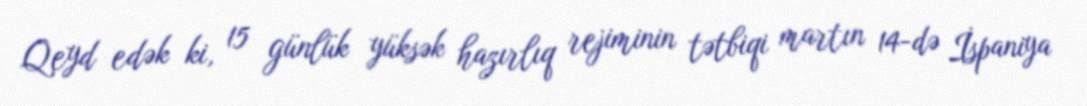
Qeyd edək ki, 15 günlük yüksək hazırlıq rejiminin tətbiqi martın 14-də İspaniya